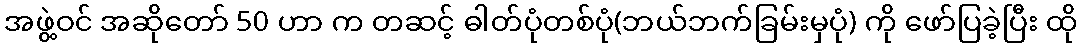
အဖွဲ့ဝင် အဆိုတော် 50 ဟာ က တဆင့် ဓါတ်ပုံတစ်ပုံ(ဘယ်ဘက်ခြမ်းမှပုံ) ကို ဖော်ပြခဲ့ပြီး ထို